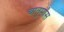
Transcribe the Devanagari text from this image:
चातुर्मांस